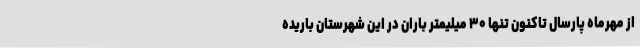
از مهرماه پارسال تاکنون تنها ۳۰ میلیمتر باران در این شهرستان باریده